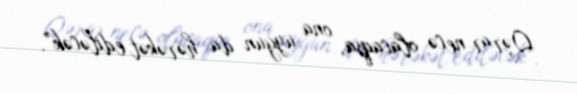
Qərar necə olacaqsa, ona uyğun da hərəkət ediləcək”.